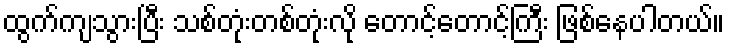
ထွက်ကျသွားပြီး သစ်တုံးတစ်တုံးလို တောင့်တောင့်ကြီး ဖြစ်နေပါတယ်။